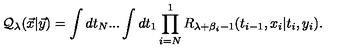
{ \cal Q } _ { \lambda } ( { \vec { x } } | { \vec { y } } ) = \int d t _ { N } . . . \int d t _ { 1 } \prod _ { i = N } ^ { 1 } R _ { \lambda + \beta _ { i } - 1 } ( t _ { i - 1 } , x _ { i } | t _ { i } , y _ { i } ) .